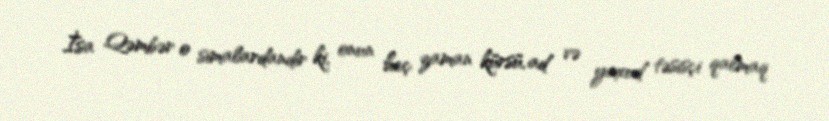
İsa Qəmbər o simalardandır ki, onun heç zaman kürsü, ad və yaxud təsisçi qalmaq